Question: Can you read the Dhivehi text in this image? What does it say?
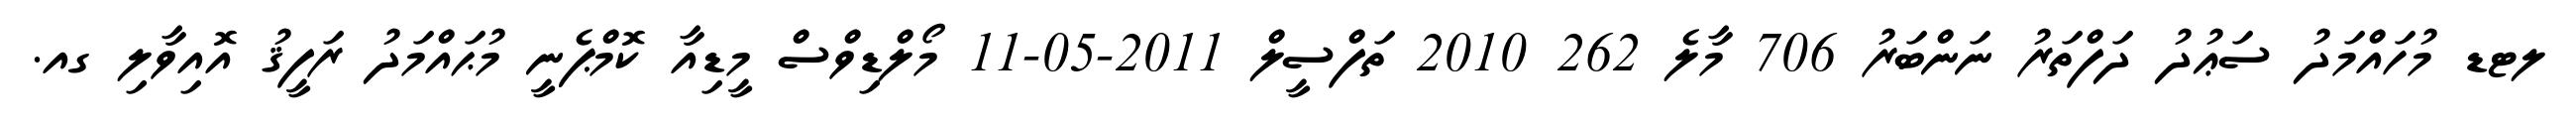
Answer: ލޓޑ މުހައްމަދު ސަޢުދު ދަފްތަރު ނަންބަރު 706 މާލެ 262 2010 ތަފްސީލް 2011-05-11 މޯލްޑިވްސް މީޑިއާ ކޮމްޕެނީ މުޙައްމަދު ރަފީޤު އޮއިވާލި ގއ.